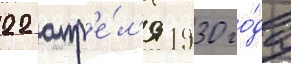
22 апр'е́л'я 1930 го́да